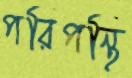
পরিপন্থি